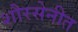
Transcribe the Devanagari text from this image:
शौरसेनीत